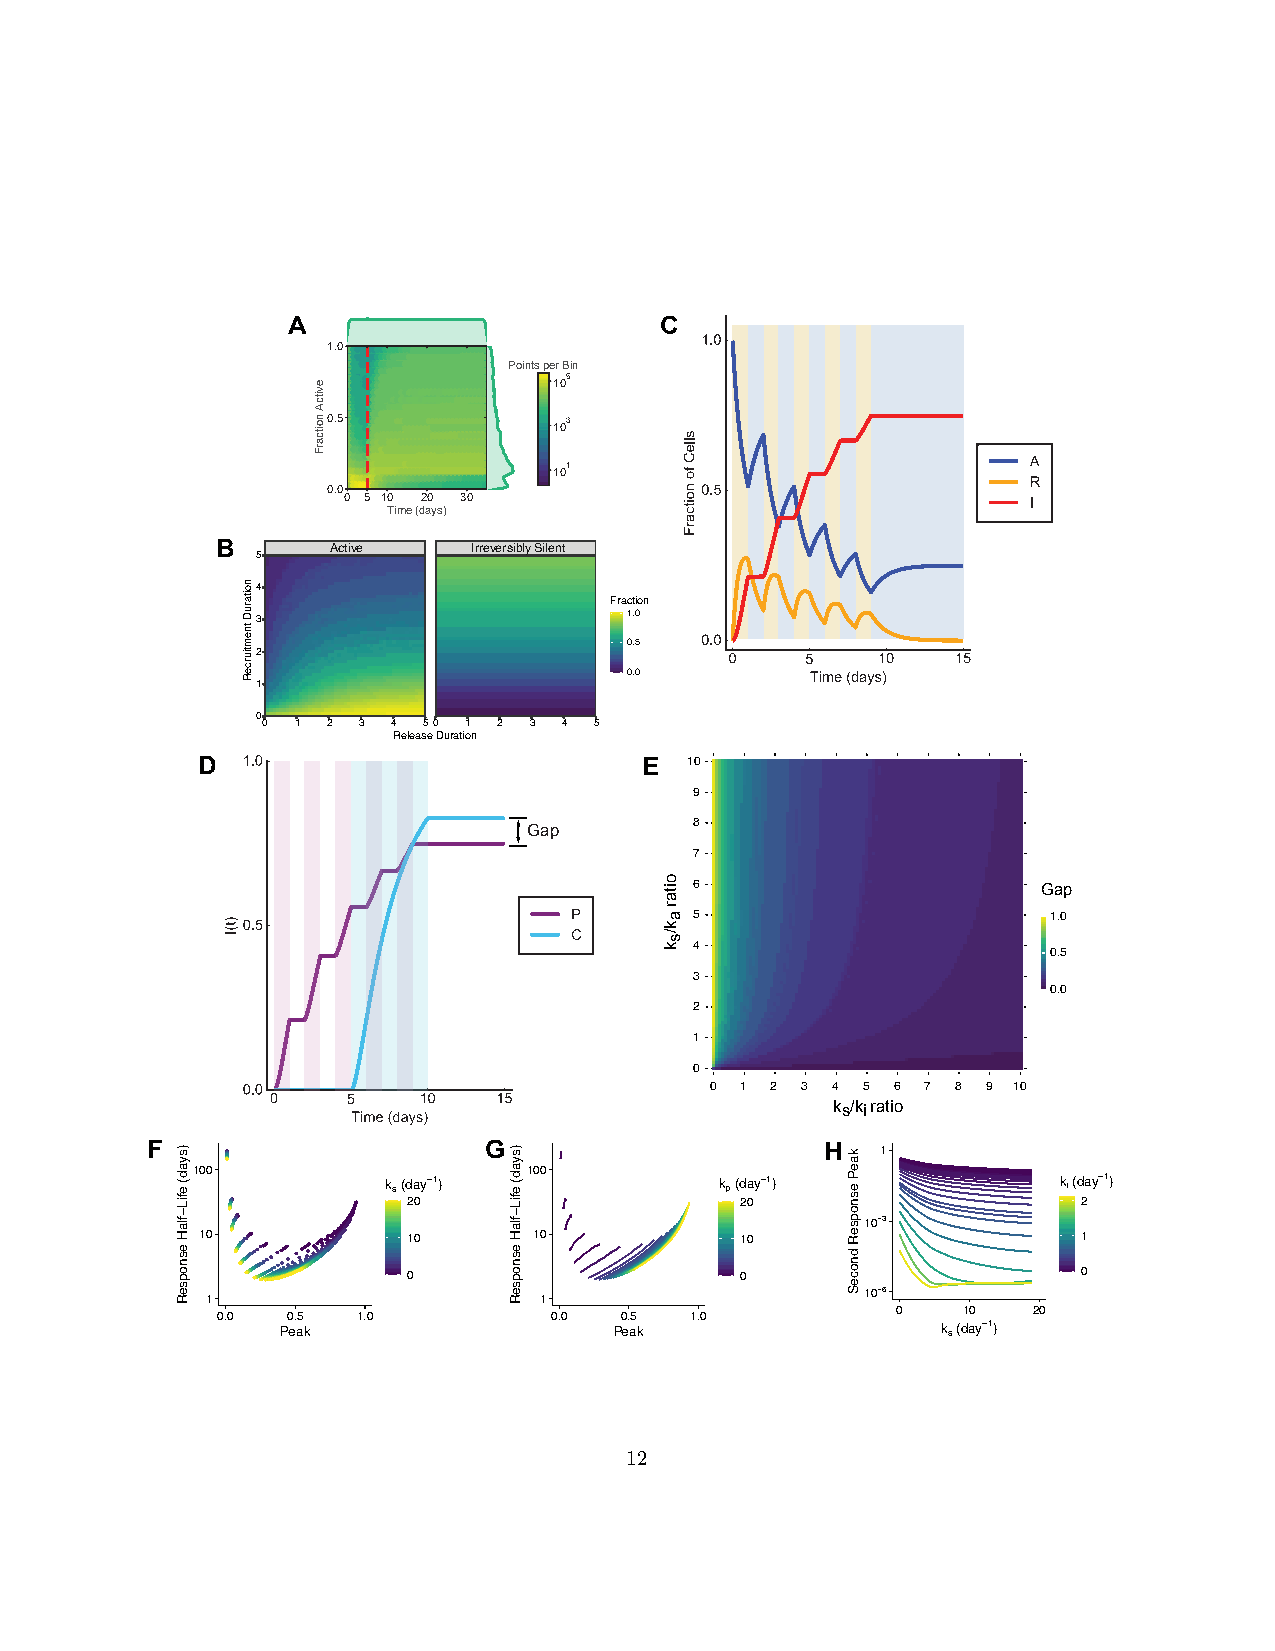
A                        C
 1.0
 Points per Bin
 105
 0.5            103
 101
 0.0
 0 5 10 20 30
 Time (days)
 B       Active   Irreversibly Silent
 5
 4
 Fraction
 1.0
 3
 0.5
 2
 0.0
 1
 0
 0 1  2 3 4 50 1 2 3 4 5
 Release Duration
 D                             E  10
 9
 Gap        8
 7
 6                      Gap
 5                       1.0
 4
 0.5
 3
 0.0
 2
 1
 0
 0 1 2 3 45  6 7 89  10
 ks/ki ratio
 F                     G                      H  1
 100          ks(day−1) 100         kp(day−1)             ki(day−1)
 20                    20                     2
 10−3
 10            10      10            10                     1
 0                     0                      0
 1                     1
 10−6
 0    10  20
 0.0  0.5  1.0         0.0  0.5  1.0
 Peak                  Peak
 ks(day−1)
 12
 )syad(
 efiL−flaH
 esnopseR
 noitaruD
 tnemtiurceR
 evitcA
 noitcarF
 )syad(
 efiL−flaH
 esnopseR
 oitar
 ak/sk
 kaeP
 esnopseR
 dnoceS